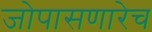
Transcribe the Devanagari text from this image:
जोपासणारेच